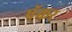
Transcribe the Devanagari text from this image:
पॅकर